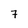
Character: 7